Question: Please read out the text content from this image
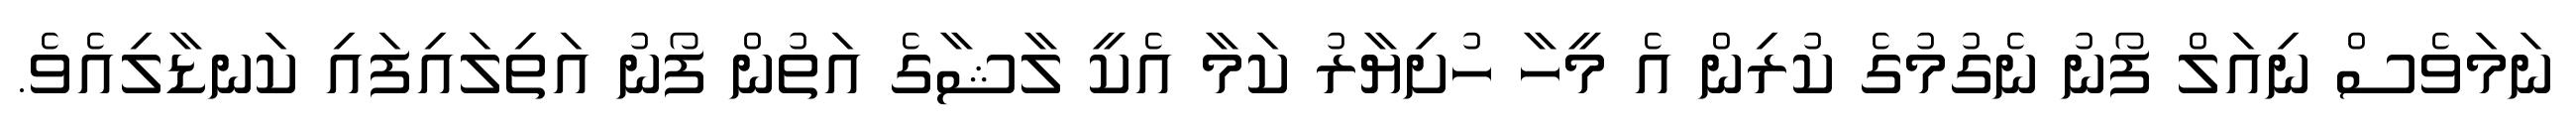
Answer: ނަމަވެސް ނިއަލް ފޯނު ނެގުމުގެ ކުރިން އެ މީހާ ހުށިޔާރު ކަމާ އެކީ ލާޝާގެ އަތުން ފޯނު އަތިލައިފައި ކަނޑާލިއެވެ.